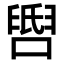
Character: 𬛺